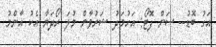
އަގު ބޮޑު-- ސަން ފޮޓޯ: އަހުމަދު ޝަރުވާން މުލަ ރޯދަޔާ އެކު އާންމު